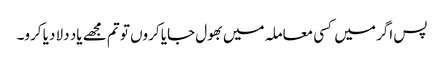
پس اگر میں کسی معاملہ میں بھول جایا کروں تو تم مجھے یاد دلا دیا کرو۔